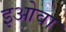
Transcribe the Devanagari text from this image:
इओवा